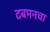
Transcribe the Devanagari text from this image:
टबमनचा